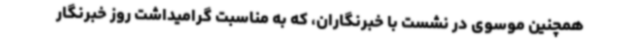
همچنین موسوی در نشست با خبرنگاران، که به مناسبت گرامیداشت روز خبرنگار